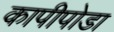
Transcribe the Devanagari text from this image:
कापीपोडा